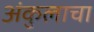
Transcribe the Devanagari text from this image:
अंकुलाचा